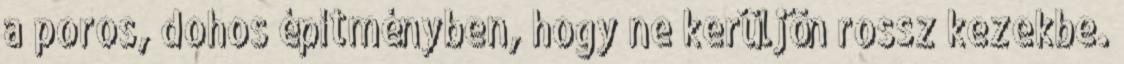
a poros, dohos építményben, hogy ne kerüljön rossz kezekbe.